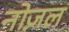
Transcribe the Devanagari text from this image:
नोज़ल